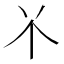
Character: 𫢊